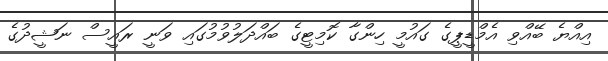
އިއްޔެ ބޭއްވި އެމްޑީޕީގެ ގައުމީ ހިންގާ ކޮމިޓީގެ ބައްދަލުވުމުގައި ވަނީ ރައީސް ނަޝީދުގެ